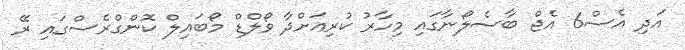
އަދި އެސް6 އެޖް ބާސެލޯނާގައި މިހާރު ކުރިއަށްދާ ވޯލްޑް މޯބައިލް ކޮންގްރެސްގައި ރޭ